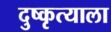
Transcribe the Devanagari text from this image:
दुष्कृत्याला